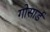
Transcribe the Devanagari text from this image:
गोसार्ड